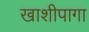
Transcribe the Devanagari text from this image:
खाशीपागा